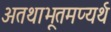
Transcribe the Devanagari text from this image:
अतथाभूतमप्यर्थ